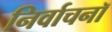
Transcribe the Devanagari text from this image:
निर्वाचनॉ